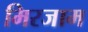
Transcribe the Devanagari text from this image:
मिरजाम